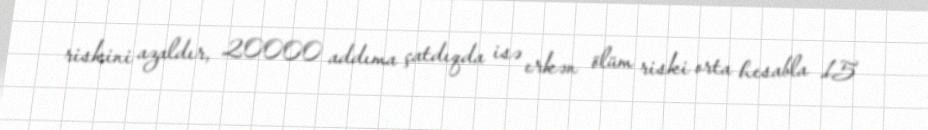
riskini azaldır, 20000 addıma çatdıqda isə erkən ölüm riski orta hesabla 15